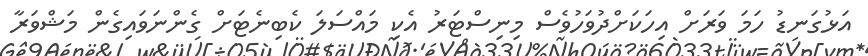
އަޅުގަނޑު ހަމަ ވަރަށް އިހަކަށްދުވަހުވެސް މިނިސްޓަރު އެކި މައްސަލަ ކެބިނެޓަށް ގެންނަވައިގެން މަޝްވަރާ